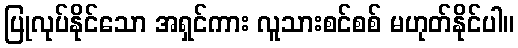
ပြုလုပ်နိုင်သော အရှင်ကား လူသားစင်စစ် မဟုတ်နိုင်ပါ။